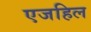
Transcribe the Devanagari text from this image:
एजहिल